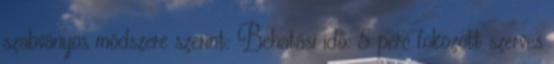
szabványos módszere szerint: Behatási idő: 5 perc fokozott szerves